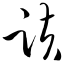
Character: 趺